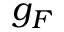
g _ { F }